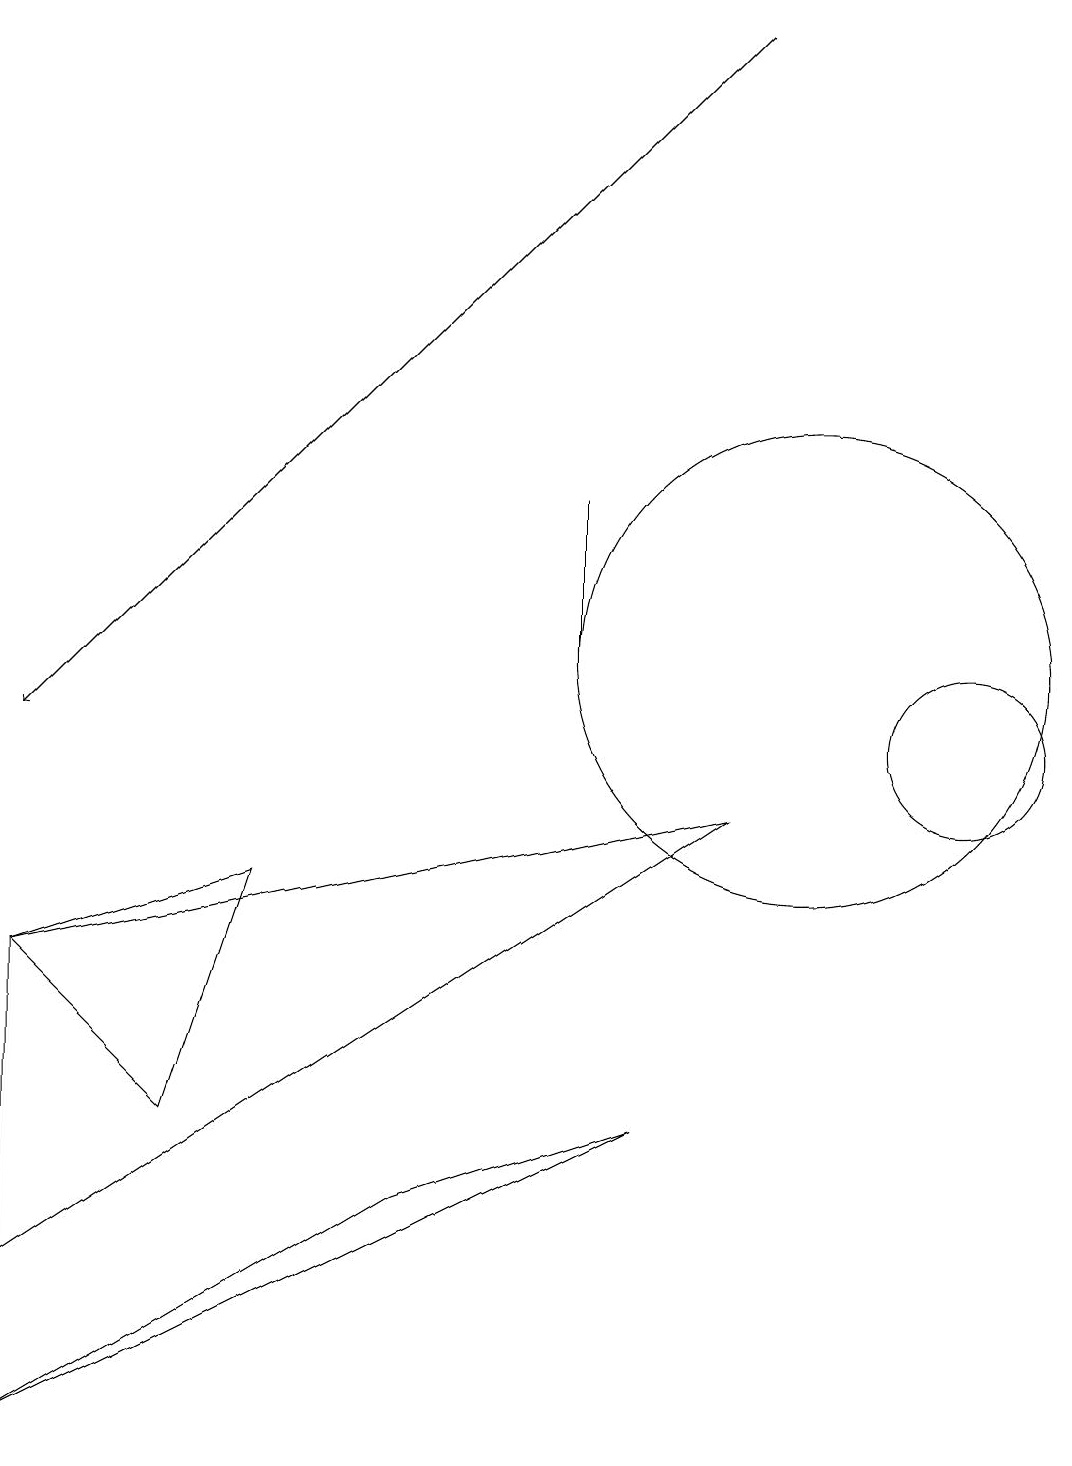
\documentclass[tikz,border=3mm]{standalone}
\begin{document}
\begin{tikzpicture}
\draw (0,3) -- (9,9) -- (0,7) -- cycle;
\draw (12,10) circle (1);
\draw (10,11) circle (3);
\draw (7,11) rectangle (7,13);
\draw (2,5) -- (0,7) -- (3,8) -- cycle;
\draw (0,1) -- (5,4) -- (8,5) -- cycle;
\draw[->] (9,19) -- (0,10);
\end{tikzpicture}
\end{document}